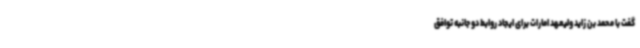
گفت با محمد بن زاید ولیعهد امارات برای ایجاد روابط دو جانبه توافق